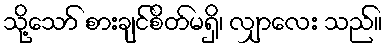
သို့သော် စားချင်စိတ်မရှိ၊ လျှာလေး သည်။